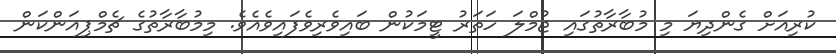
ކުރިއަށް ގެންދިޔަ މި މުބާރާތުގައި ޖުމްލަ ހަތަރު ޓީމަކުން ބައިވެރިވެފައިވެއެވެ. މިމުބާރާތުގެ ޗެމްޕިއަންކަން